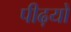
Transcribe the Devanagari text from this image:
पीढ़यों